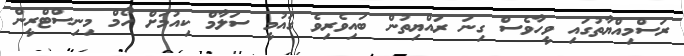
ރަސްމިއްޔާތުގައި ވީހާވެސް ގިނަ ރައްޔިތުން ބައިވެރިވެ ގައުމީ ސަލާމް ކިއުމަށް ހޯމް މިނިސްޓްރީން